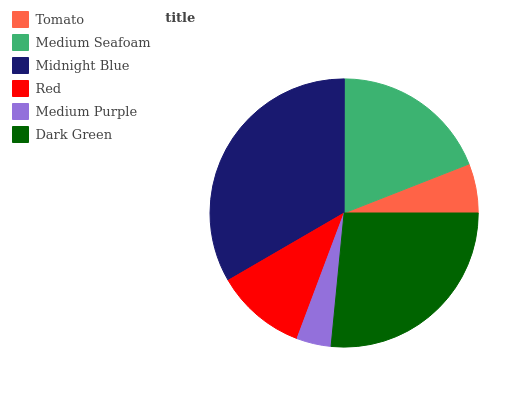
| Tomato | Medium Seafoam | Midnight Blue | Red | Medium Purple | Dark Green |
 | --- | --- | --- | --- | --- | --- |
 | 5.95% | 19.1% | 33.4% | 10.9% | 4.15% | 26.5% |